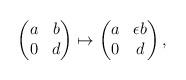
LaTeX: \begin{align*}\begin{pmatrix}a & b \\0 & d \end{pmatrix} \mapsto \begin{pmatrix}a & \epsilon b \\0 & d \end{pmatrix},\end{align*}